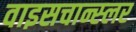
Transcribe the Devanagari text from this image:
वाइसचान्स्लर